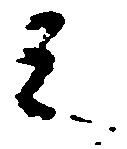
之